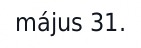
május 31.